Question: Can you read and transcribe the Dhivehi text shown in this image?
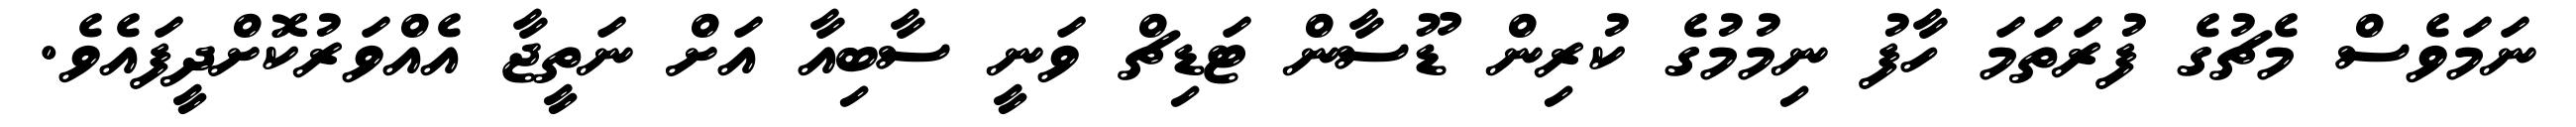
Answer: ނަމަވެސް މެޗުގެ ފުރަތަމަ ހާފު ނިމުމުގެ ކުރިން ޑޫސާން ޓަޑިޗް ވަނީ ސާބިއާ އަށް ނަތީޖާ އެއްވަރުކޮށްދީފައެވެ.